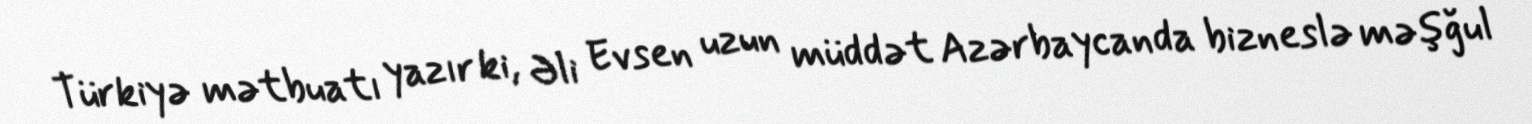
Türkiyə mətbuatı yazır ki, Əli Evsen uzun müddət Azərbaycanda bizneslə məşğul